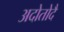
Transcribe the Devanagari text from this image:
अदोतोदै